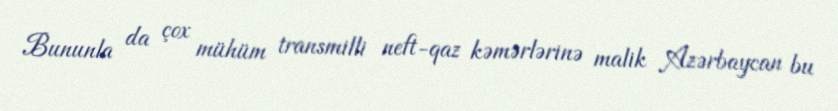
Bununla da çox mühüm transmilli neft-qaz kəmərlərinə malik Azərbaycan bu